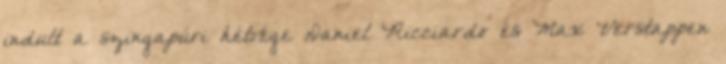
indult a szingapúri hétvége Daniel Ricciardo és Max Verstappen